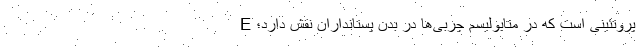
E پروتئینی است که در متابولیسم چربی‌ها در بدن پستانداران نقش دارد؛